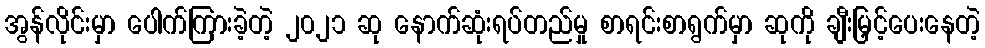
အွန်လိုင်းမှာ ပေါက်ကြားခဲ့တဲ့ ၂၀၂၁ ဆု နောက်ဆုံးရပ်တည်မှု စာရင်းစာရွက်မှာ ဆုကို ချီးမြှင့်ပေးနေတဲ့